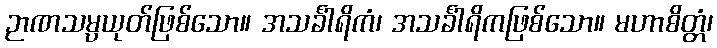
ဉာဏသမ္ပယုတ်ဖြစ်သော။ အသင်္ခါရိကံ၊ အသင်္ခါရိကဖြစ်သော။ မဟာစိတ္တံ၊